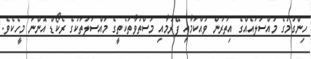
ހިންގުމުގެ މައްސަލައެއްގެ އިތުރުން ވައްކަމާއި ފޭރުމާއި މަސްތުވާތަކެތީގެ މައްސަލަތަކުގެ ރެކޯޑް އޮންނަ މީހެކެވެ.